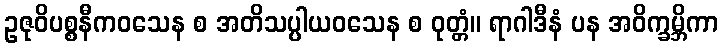
ဥဇုဝိပစ္စနီကဝသေန စ အတိသပ္ပါယဝသေန စ ဝုတ္တံ။ ရာဂါဒီနံ ပန အဝိက္ခမ္ဘိကာ